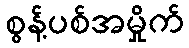
စွန့်ပစ်အမှိုက်